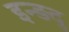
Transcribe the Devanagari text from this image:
इन्ड़दु